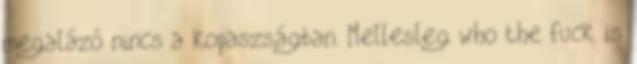
megalázó nincs a kopaszságban. Mellesleg who the fuck is